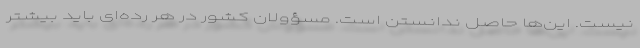
نیست. این‌ها حاصل ندانستن است. مسؤولان کشور در هر رده‌ای باید بیشتر